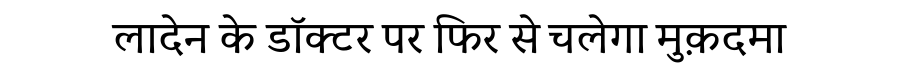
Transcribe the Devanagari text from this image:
लादेन के डॉक्टर पर फिर से चलेगा मुक़दमा